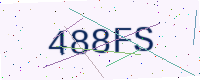
Text: 488FS